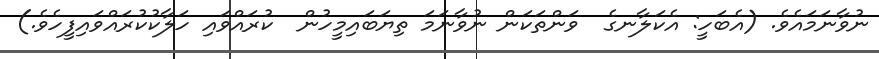
ނުވާނަމައެވެ. (އެބަހީ: އެކަލާނގެ  ވަންތަކަން ނުވާނަމަ ތިޔަބައިމީހުން  ކުރައްވައި ހަލާކުކުރައްވައިފީހެވެ.)